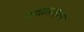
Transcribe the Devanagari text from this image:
गावात१इतर